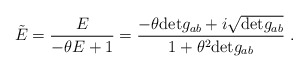
\begin{align*}\tilde{E}=\frac{E}{-\theta E+1}=\frac{-\theta{\rm det}g_{ab}+i\sqrt{{\rm det}g_{ab}}}{1+\theta^{2}{\rm det}g_{ab}}\ .\end{align*}